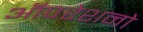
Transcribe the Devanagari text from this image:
ऑपरेशनो